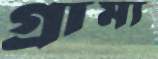
গ্রাম্য